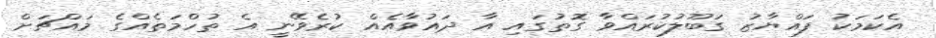
އެކަމަކު ފައްޔާޒު ގަބޫލުކުރައްވާ ގޮތުގައި އާ ދައުވާއެއް ކުރެވޭނީ އެ ތުހްމަތެއްގެ މައްޗަށް